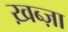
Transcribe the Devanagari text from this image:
ख़ब्ज़ा